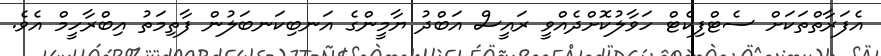
އެފަރާތްތަކަށް ސެޓްފިކެޓް ހަވާލުކޮށްދެއްވީ ރައީސް އަބްދު ޔާމީންގެ އަނބިކަނބަލުން ފާތިމަތު އިބްރާހީމް އެވެ.